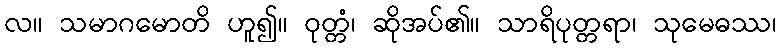
လ။ သမာဂမောတိ ဟူ၍။ ဝုတ္တံ၊ ဆိုအပ်၏။ သာရိပုတ္တရာ၊ သုမေဓဿ၊